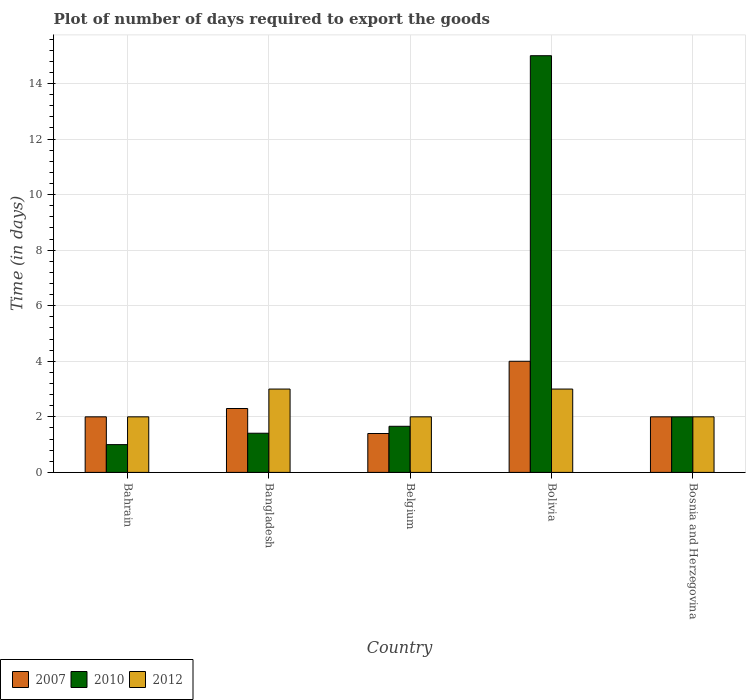
| Country | 2007 | 2010 | 2012 |
 | --- | --- | --- | --- |
 | Bahrain | 2 | 1 | 2 |
 | Bangladesh | 2.3 | 1.41 | 3 |
 | Belgium | 1.4 | 1.66 | 2 |
 | Bolivia | 4 | 15 | 3 |
 | Bosnia and Herzegovina | 2 | 2 | 2 |